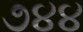
૭૪૪